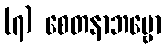
(၇) စေတနာဘဗ္ဗော